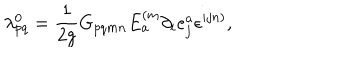
\lambda _ { p q } ^ { 0 } = \frac { 1 } { 2 g } G _ { p q m n } E _ { a } ^ { ( m } \partial _ { i } e _ { j } ^ { a } \epsilon ^ { i j n ) } ,